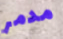
مدمر